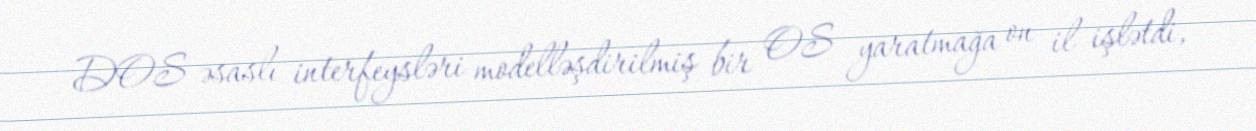
DOS əsaslı interfeysləri modelləşdirilmiş bir OS yaratmağa on il işlətdi,